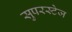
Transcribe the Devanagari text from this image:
सुपरस्टेज